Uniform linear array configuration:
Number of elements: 8
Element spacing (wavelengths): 0.5
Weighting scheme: exponential
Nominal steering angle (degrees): -30
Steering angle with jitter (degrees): -31.49
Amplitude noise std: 0.05
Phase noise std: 0.05

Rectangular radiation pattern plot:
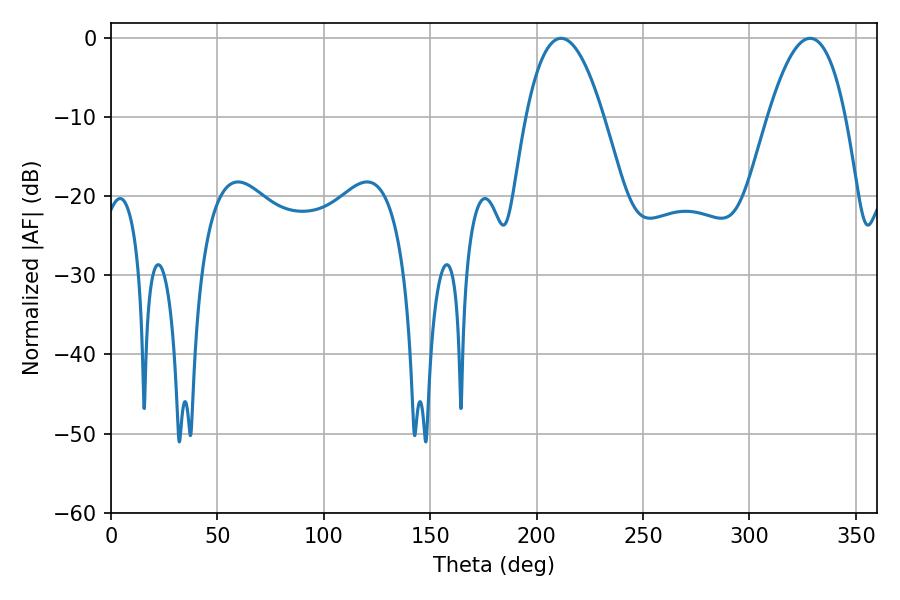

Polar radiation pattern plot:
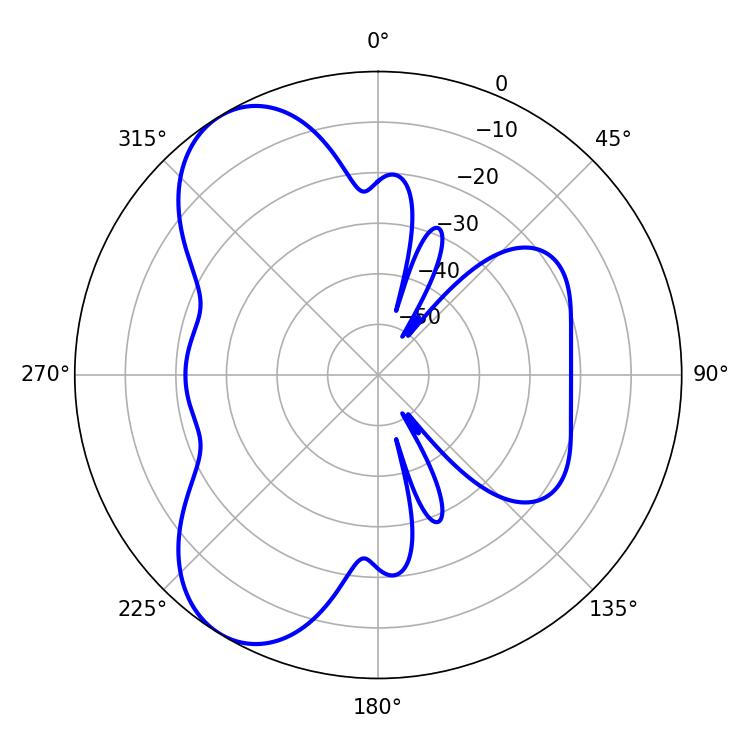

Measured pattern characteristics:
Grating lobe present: FALSE
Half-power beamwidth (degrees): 20.16
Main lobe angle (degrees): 211.5